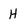
Character: H